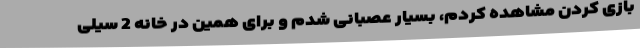
بازی کردن مشاهده کردم، بسیار عصبانی شدم و برای همین در خانه 2 سیلی